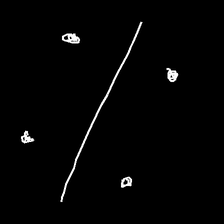
Glyph: cool